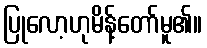
ပြုလော့ဟုမိန့်တော်မူ၏။